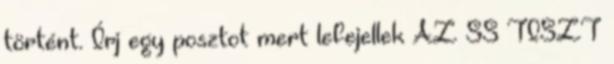
történt. Írj egy posztot mert lefejellek AZ SS TISZT